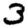
Digit: 3